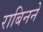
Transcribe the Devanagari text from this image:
राबिनने